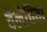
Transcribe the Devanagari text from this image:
वैलेचिया